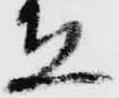
立